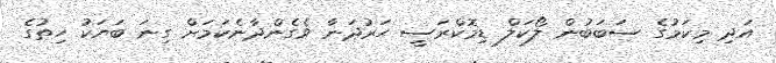
އަދި މިކަމުގެ ސަބަބުން ލޯކަލް ޑިމޮކްރަސީ ހަރުދަނާ ވެގެންދާނެކަމަށް ގިނަ ބަޔަކު ހިތުގެ